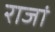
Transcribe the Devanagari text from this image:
राजां